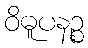
ဝိဓူပနဉ္စ